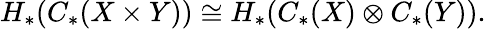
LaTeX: H_{*}(C_{*}(X\times Y))\cong H_{*}(C_{*}(X)\otimes C_{*}(Y)).